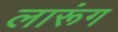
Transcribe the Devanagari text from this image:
लारूंग